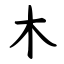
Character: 木